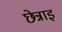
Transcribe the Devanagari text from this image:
छेन्नाइ